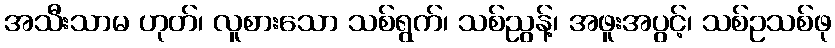
အသီးသာမ ဟုတ်၊ လူစားသော သစ်ရွက်၊ သစ်ညွန့်၊ အဖူးအပွင့်၊ သစ်ဥသစ်ဖု